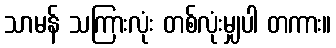
သာမန် သကြားလုံး တစ်လုံးမျှပါ တကား။